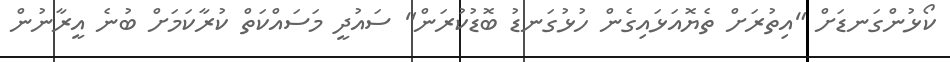
ކޯޅުންގަނޑަށް "އިތުރަށް ތެޔޮއަޅައިގެން ހުޅުގަނޑު ބޮޑުކުރަން" ސައުދީ މަސައްކަތް ކުރާކަމަށް ބުނެ އީރާނުން